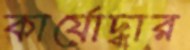
কার্যোদ্ধার